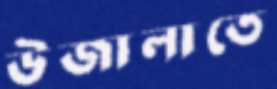
উজালাতে